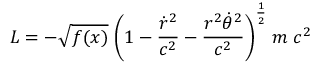
L = - \sqrt { f ( x ) } \; \biggl ( 1 - { \frac { \dot { r } ^ { 2 } } { c ^ { 2 } } } - { \frac { r ^ { 2 } \dot { \theta } ^ { 2 } } { c ^ { 2 } } } \biggr ) ^ { \frac { 1 } { 2 } } \; m \; c ^ { 2 }